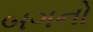
બગનો